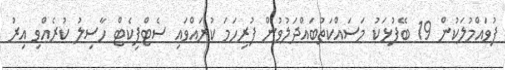
ފުވައްމުލަކުން 19 ބޭފުޅަކު މަސައްކަތުބައްދަލުވުން ފުރިހަމަ ކުރައްވައި ސެޓްފިކެޓް ހާސިލު ކުރެއްވި އިރު